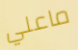
ماعلي